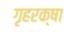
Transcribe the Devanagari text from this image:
गृहरक्षा